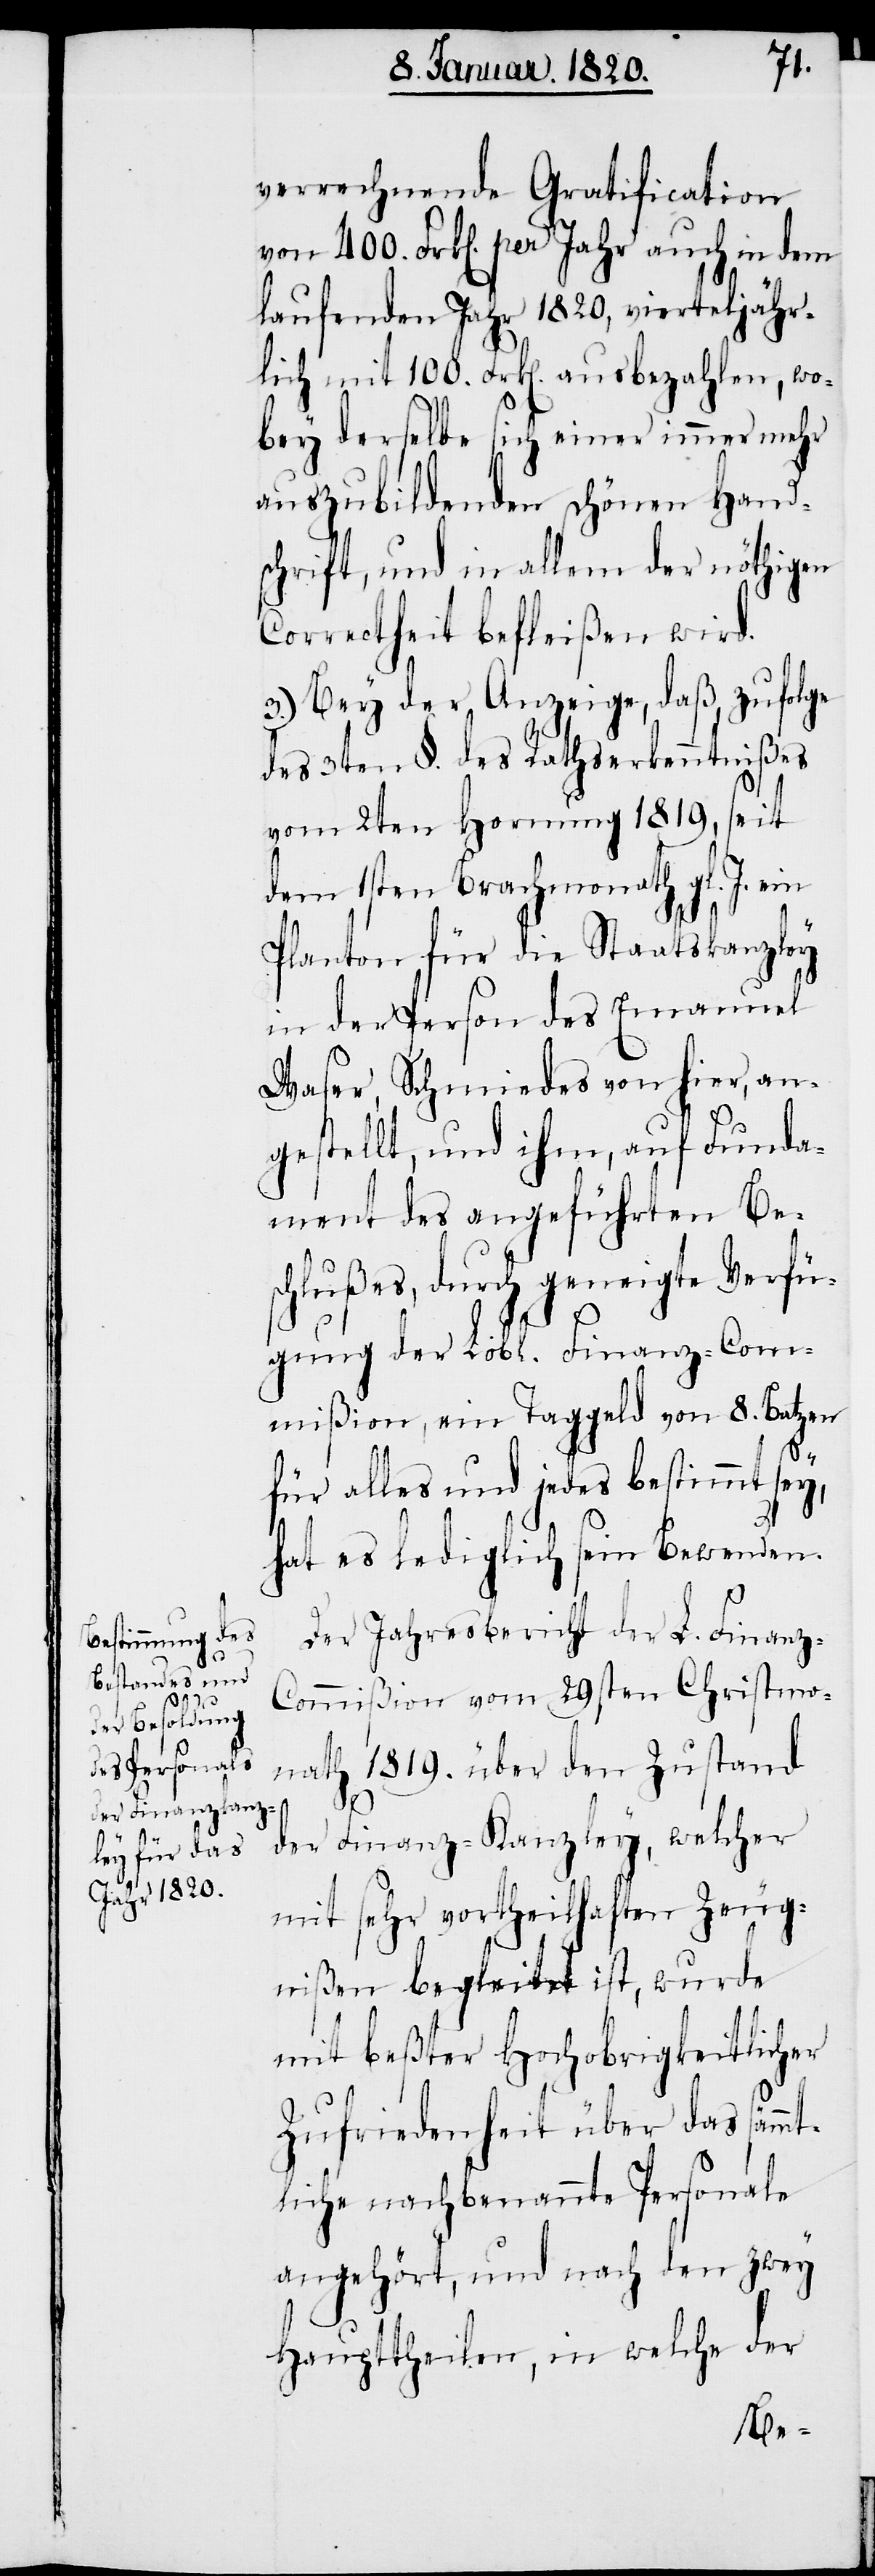
verrechnende Gratification
von 400. Frk[en]. per Jahr auch in dem
laufenden Jahr 1820, vierteljähr¬
lich mit 100. Frk[en]. ausbezahlen, wo¬
bey derselbe sich einer immer mehr
auszubildenden schönen Hand¬
schrift, und in allem der nöthigen
Correctheit befleißen wird.
3.) Bey der Anzeige, daß zufolge
des 3ten §. des Rathserkenntnißes
vom 2ten Hornung 1819, seit
dem 1sten Brachmonath gl. J. ein
Planton für die Staatskanzley
in der Person des Emanuel
Waser, Schmiedes von hier, an¬
gestellt, und ihm, auf Funda¬
ment des angeführten Be¬
schlußes, durch geneigte Verfü¬
gung der Lobl. Finanz-Com¬
mißion, ein Taggeld von 8 Batzen
für alles und jedes bestimmt sey,
hat es lediglich sein Bewenden.
Der Jahresbericht der L. Finanz-C¬
ommißion vom 29sten Christmo¬
nath 1819. über den Zustand
der Finanz-Kanzley, welcher
mit sehr vortheilhaften Zeug¬
nißen begleitet ist, wurde
mit beßter Hochobrigkeitlicher
Zufriedenheit über das sämm¬
tliche nachbenannte Personale
angehört, und nach den zwey
Haupttheilen, in welche der